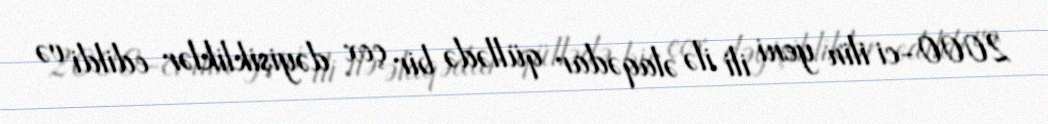
2000-ci ilin yeni ili ilə əlaqədar qüllədə bir çox dəyişikliklər edildi və